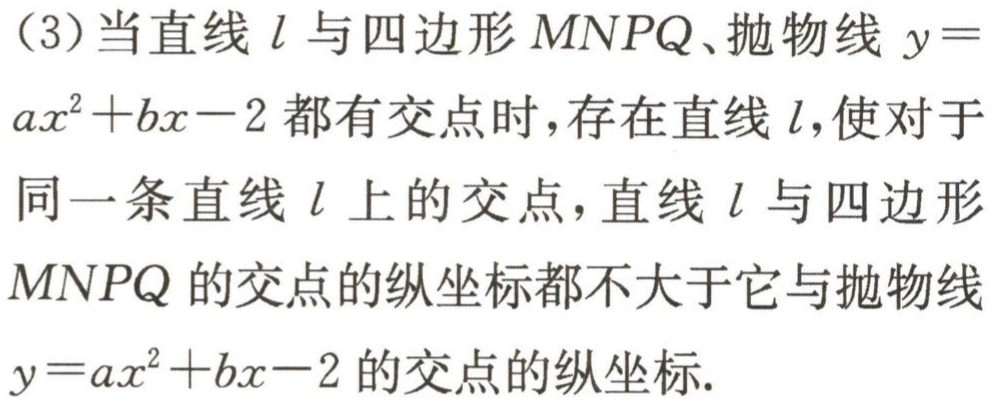
（3）当直线 \(l\) 与四边形 \(MNPQ\)、抛物线 \(y = ax^{2}+bx - 2\) 都有交点时，存在直线 \(l\)，使对于同一条直线 \(l\) 上的交点，直线 \(l\) 与四边形 \(MNPQ\) 的交点的纵坐标都不大于它与抛物线 \(y = ax^{2}+bx - 2\) 的交点的纵坐标.